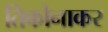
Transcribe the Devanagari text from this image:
तिकोनाकर